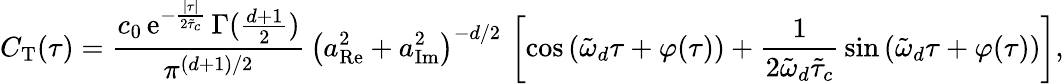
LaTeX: C_{\mathrm{T}}(\tau)=\frac{c_{0}\, \mathrm{e}^{-\frac{\lvert\tau\rvert}{2\tilde{\tau}_{c}}}\, \Gamma(\frac{d+1}{2})}{\pi^{(d+1)/2}}\, \left(a_{\mathrm{Re}}^{2}+a_{\mathrm{Im}}^{2}\right)^{-d/2}\, \left[\cos\left(\tilde{\omega}_{d}\tau+\varphi(\tau)\right)+\frac{1}{2\tilde{\omega}_{d}\tilde{\tau}_{c}}\, \sin\left(\tilde{\omega}_{d}\tau+\varphi(\tau)\right)\right],